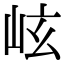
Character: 𪨬